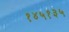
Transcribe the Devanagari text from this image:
१४५१३५